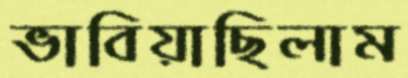
ভাবিয়াছিলাম